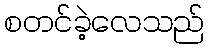
စတင်ခဲ့လေသည်